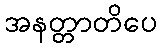
အနတ္တာတိပေ